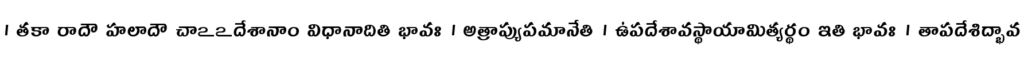
। తకా రాదౌ హలాదౌ చాఽఽదేశానాం విధానాదితి భావః । అత్రాప్యుపమానేతి । ఉపదేశావస్థాయామిత్యర్థం ఇతి భావః । తాపదేశిద్భావ